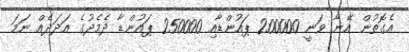
އެގޮތުން އޭނާ ވަނީ 200000 ޕައުންޑާއި 250000 ޕައުންޑާ ދެމެދުގެ އަދަދެއް ނަމަ